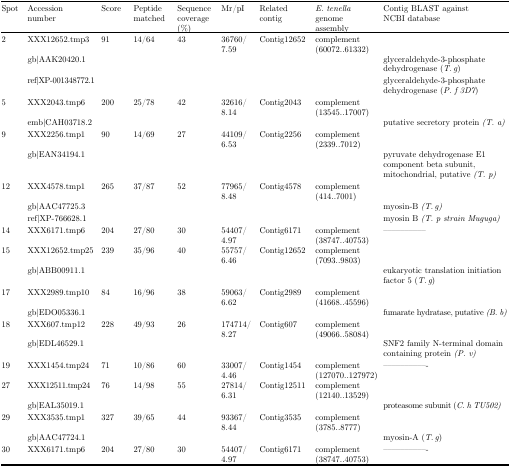
<table><thead><tr><td><b>Spot</b></td><td><b>Accessionnumber</b></td><td><b>Score</b></td><td><b>Peptide matched</b></td><td><b>Sequence coverage (%)</b></td><td><b>Mr/pI</b></td><td><b>Related contig</b></td><td><b><i>E. tenella</i> genome assembly</b></td><td><b>Contig BLAST against NCBI database</b></td></tr></thead><tbody><tr><td>2</td><td>XXX12652.tmp3</td><td>91</td><td>14/64</td><td>43</td><td>36760/7.59</td><td>Contig12652</td><td>complement (60072..61332)</td><td> </td></tr><tr><td> </td><td>gb|AAK20420.1</td><td> </td><td> </td><td> </td><td> </td><td> </td><td> </td><td>glyceraldehyde-3-phosphate dehydrogenase (<i>T. g</i>)</td></tr><tr><td> </td><td>ref|XP-001348772.1</td><td> </td><td> </td><td> </td><td> </td><td> </td><td> </td><td>glyceraldehyde-3-phosphate dehydrogenase (<i>P. f 3D7</i>)</td></tr><tr><td>5</td><td>XXX2043.tmp6</td><td>200</td><td>25/78</td><td>42</td><td>32616/8.14</td><td>Contig2043</td><td>complement (13545..17007)</td><td> </td></tr><tr><td> </td><td>emb|CAH03718.2</td><td> </td><td> </td><td> </td><td> </td><td> </td><td> </td><td>putative secretory protein <i>(T. a)</i></td></tr><tr><td>9</td><td>XXX2256.tmp1</td><td>90</td><td>14/69</td><td>27</td><td>44109/6.53</td><td>Contig2256</td><td>complement (2339..7012)</td><td> </td></tr><tr><td> </td><td>gb|EAN34194.1</td><td> </td><td> </td><td> </td><td> </td><td> </td><td> </td><td>pyruvate dehydrogenase E1 component beta subunit, mitochondrial, putative <i>(T. p)</i></td></tr><tr><td>12</td><td>XXX4578.tmp1</td><td>265</td><td>37/87</td><td>52</td><td>77965/8.48</td><td>Contig4578</td><td>complement (414..7001)</td><td> </td></tr><tr><td> </td><td>gb|AAC47725.3</td><td> </td><td> </td><td> </td><td> </td><td> </td><td> </td><td>myosin-B <i>(T. g)</i></td></tr><tr><td> </td><td>ref|XP-766628.1</td><td> </td><td> </td><td> </td><td> </td><td> </td><td> </td><td>myosin B <i>(T. p strain Muguga)</i></td></tr><tr><td>14</td><td>XXX6171.tmp6</td><td>204</td><td>27/80</td><td>30</td><td>54407/4.97</td><td>Contig6171</td><td>complement (38747..40753)</td><td>––––––––––</td></tr><tr><td>15</td><td>XXX12652.tmp25</td><td>239</td><td>35/96</td><td>40</td><td>55757/6.46</td><td>Contig12652</td><td>complement (7093..9803)</td><td> </td></tr><tr><td> </td><td>gb|ABB00911.1</td><td> </td><td> </td><td> </td><td> </td><td> </td><td> </td><td>eukaryotic translation initiation factor 5 (<i>T. g</i>)</td></tr><tr><td>17</td><td>XXX2989.tmp10</td><td>84</td><td>16/96</td><td>38</td><td>59063/6.62</td><td>Contig2989</td><td>complement (41668..45596)</td><td> </td></tr><tr><td> </td><td>gb|EDO05336.1</td><td> </td><td> </td><td> </td><td> </td><td> </td><td> </td><td>fumarate hydratase, putative <i>(B. b)</i></td></tr><tr><td>18</td><td>XXX607.tmp12</td><td>228</td><td>49/93</td><td>26</td><td>174714/8.27</td><td>Contig607</td><td>complement (49066..58084)</td><td> </td></tr><tr><td> </td><td>gb|EDL46529.1</td><td> </td><td> </td><td> </td><td> </td><td> </td><td> </td><td>SNF2 family N-terminal domain containing protein <i>(P. v)</i></td></tr><tr><td>19</td><td>XXX1454.tmp24</td><td>71</td><td>10/86</td><td>60</td><td>33007/ 4.46</td><td>Contig1454</td><td>complement (127070..127972)</td><td>––––––––––-</td></tr><tr><td>27</td><td>XXX12511.tmp24</td><td>76</td><td>14/98</td><td>55</td><td>27814/6.31</td><td>Contig12511</td><td>complement (12140..13529)</td><td> </td></tr><tr><td> </td><td>gb|EAL35019.1</td><td> </td><td> </td><td> </td><td> </td><td> </td><td> </td><td>proteasome subunit (<i>C. h TU502)</i></td></tr><tr><td>29</td><td>XXX3535.tmp1</td><td>327</td><td>39/65</td><td>44</td><td>93367/8.44</td><td>Contig3535</td><td>complement (3785..8777)</td><td> </td></tr><tr><td> </td><td>gb|AAC47724.1</td><td> </td><td> </td><td> </td><td> </td><td> </td><td> </td><td>myosin-A (<i>T. g</i>)</td></tr><tr><td>30</td><td>XXX6171.tmp6</td><td>204</td><td>27/80</td><td>30</td><td>54407/4.97</td><td>Contig6171</td><td>complement (38747..40753)</td><td>––––––––––-</td></tr></tbody></table>